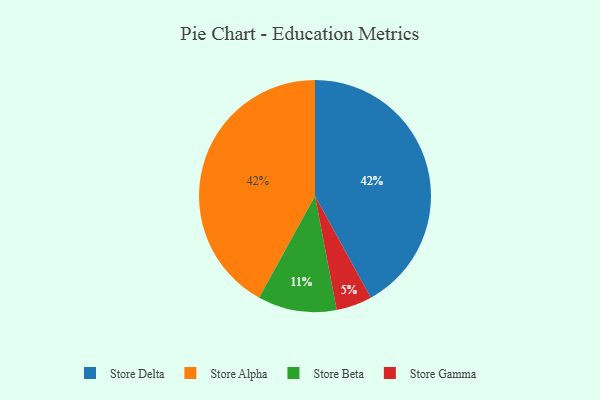
{"axis": {"x": "Category", "y": "Percentage"}, "legend": ["Store Alpha", "Store Beta", "Store Delta", "Store Gamma"], "data": [{"x": "Store Delta", "y": 42, "type": "Store Delta"}, {"x": "Store Gamma", "y": 5, "type": "Store Gamma"}, {"x": "Store Alpha", "y": 42, "type": "Store Alpha"}, {"x": "Store Beta", "y": 11, "type": "Store Beta"}]}